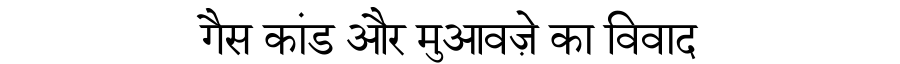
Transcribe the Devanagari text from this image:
गैस कांड और मुआवज़े का विवाद